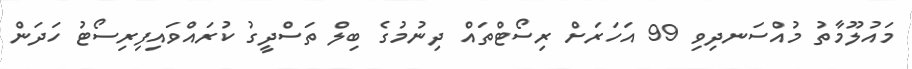
މައުލޫމާތު މުއްސަނދިވި 99 އަހަރަށް ރިސޯޓްތައް ދިނުމުގެ ބިލް ތަސްދީގު ކުރައްވައިފިރިސޯޓު ހަދަން